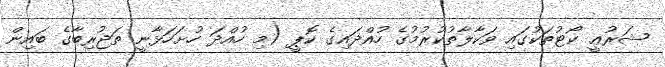
ޝަރުޢީ ކޯޓުތަކުގައި ވަކާލާތުކުރުމުގެ ހުއްދައިގެ ކޮޕީ (މި ހުއްދަ ހުށަހަޅާނީ ތަޖުރިބާގެ ބައިން